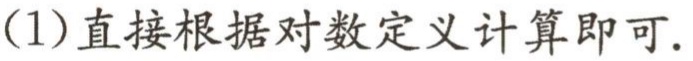
(1)直接根据对数定义计算即可.